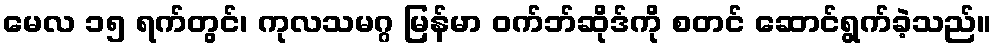
မေလ ၁၅ ရက်တွင်၊ ကုလသမဂ္ဂ မြန်မာ ဝက်ဘ်ဆိုဒ်ကို စတင် ဆောင်ရွက်ခဲ့သည်။